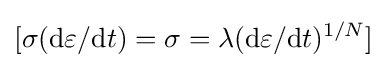
[\sigma (\mathrm {d} \varepsilon /\mathrm {d} t)=\sigma =\lambda (\mathrm {d} \varepsilon /\mathrm {d} t)^{1/N}]